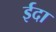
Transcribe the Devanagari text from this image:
ईदा